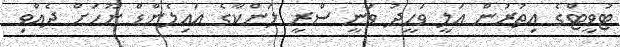
ޓުވީޓްގެ އިތުރުން އަލީ ވަހީދު ވަނީ ސްރީ ލަންކާގެ އައިލެންޑް ނޫހަށް ދެއްވި